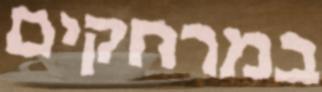
במרחקים